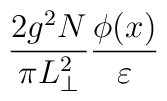
\frac{2 g^2 N}{\pi L_{\perp}^2} \frac{\phi(x)}{\varepsilon}